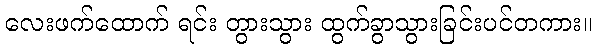
လေးဖက်ထောက် ရင်း တွားသွား ထွက်ခွာသွားခြင်းပင်တကား။